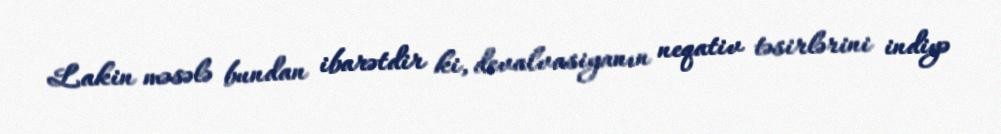
Lakin məsələ bundan ibarətdir ki, devalvasiyanın neqativ təsirlərini indiyə